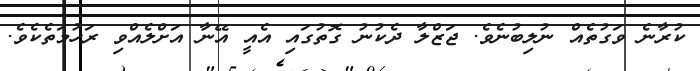
ކުރާނެ ވަގުތެއް ނުލިބުނެވެ. ޖަޒްލާ ދެކުނު ގޮތުގައި އެއީ އޭނާ އަށްލެއްވި ރަހުމަތެކެވެ.